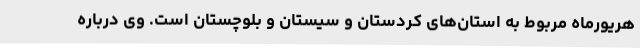
هریورماه مربوط به استان‌های کردستان و سیستان و بلوچستان است. وی درباره